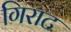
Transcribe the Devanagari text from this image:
गिराट